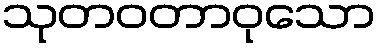
သုတဝတာဝုသော